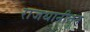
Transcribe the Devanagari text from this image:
राजधानीतून